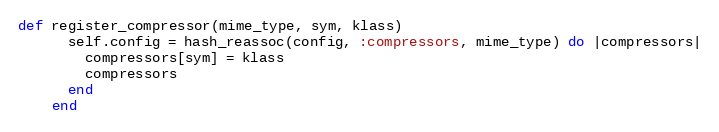
Language: Ruby
def register_compressor(mime_type, sym, klass)
      self.config = hash_reassoc(config, :compressors, mime_type) do |compressors|
        compressors[sym] = klass
        compressors
      end
    end